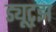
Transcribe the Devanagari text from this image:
ड्यूट्झ